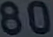
80